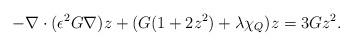
LaTeX: \begin{align*}-\nabla\cdot(\epsilon^2 G \nabla)z + (G(1+2z^2)+\lambda \chi_Q)z = 3Gz^2.\end{align*}